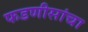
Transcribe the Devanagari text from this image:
फडणीसांचा